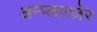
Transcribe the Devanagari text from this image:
अम्प्लात्ज़ेर